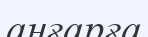
аңғарға